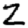
Digit: 2